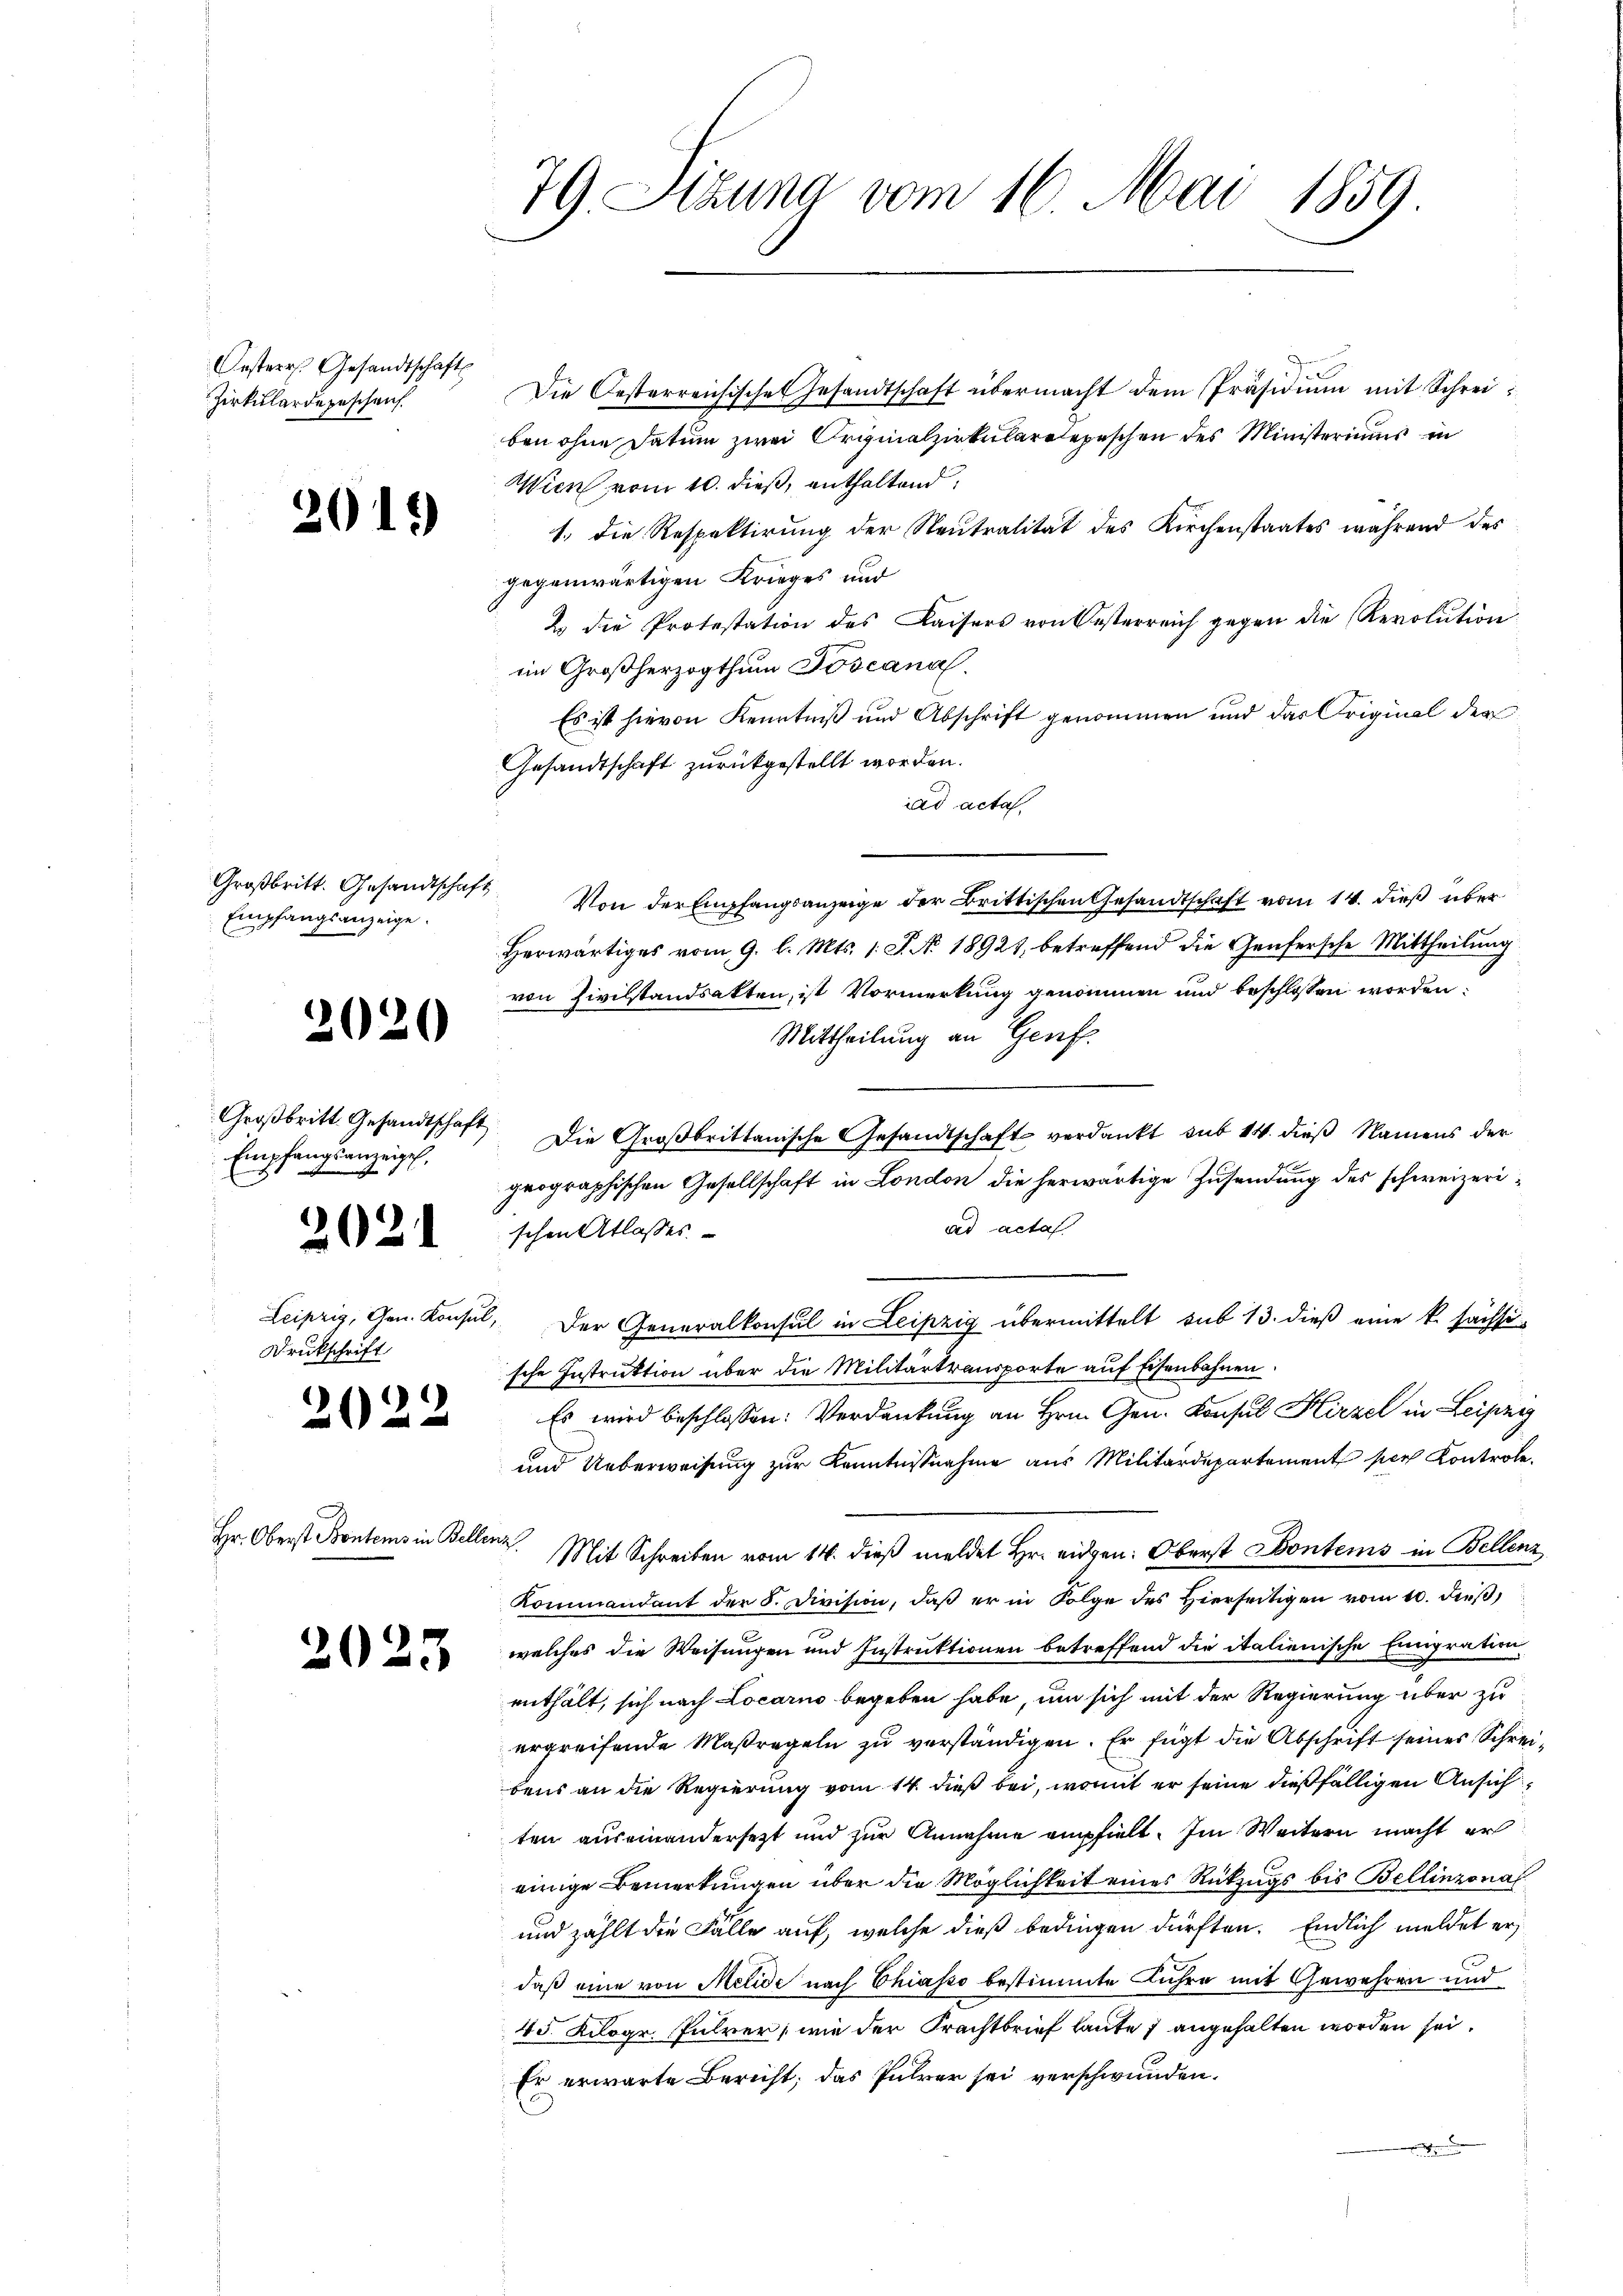
Oesterr. Gesandtschafts
Zirkulardegeschen.

201.

Großbritt. Gesandtschaft
Empfangsanzeige.

2020

Großbritt. Gesandtschaft
Empfangsanzeich,

2024

Leipzig, Gen. Konsul,
Drückschrift

n

022

Hr. Oberst Pontems in Beller

2025

79. Atzuna vom 16. Mai 1859

Die Oesterreichisches Gesandtschaft übermacht dem Präsidium mit Schreiben ohne Datum zwei Originalzirkulareepeschen des Ministeriums in
Wien vom 10. dieß, enthaltend
1.) Die Respektirung der Neutralität des Kirchenstaates während des
gegenwärtigen Krieges und
2 die Protestation des Kaisers von Oesterreich gegen die Revolution
im Großherzogthum Toscanal.
Es ist hievon Kenntniß und Abschrift genommen und das Original der
Gesandtschaft zurückgestellt worden.
iad acta
Von der Empfangsanzeige der Brittischen Gesandtschaft vom 14. dieß über
Herwärtiges vom 9. l. Mts. 1. J. No. 18921, betreffend die Genfersche Mittheilung
von Zivilstandsakten, ist Vormerkung genommen und beschlossen worden:
Mittheilung an Genf.
Die Großbrittanische Gesandtschaft verdankt, sub 14. dieß Namens der
prographischen Gesellschaft in London die herwärtige Zusendung des schweizeriad acta
schen Atlasses
Der Generalkonsul in Leipzig übermittelt sub 13. dieß eine k. sächsi
sche Instruktion über die Militärtransporte auf Eisenbahnen.
Es wird beschlossen: Verdankung an Hrn. Gen. Konsul Hirzel in Leipzi
und Ueberweisung zur Kenntnisnahme aus Militärdepartement per Kontrole.
a. Mit Schreiben vom 14. dieß meldet Hr. eidgen: Oberst Bontems in Bellenz
Kommandant der 5. Division, daß er in Folge des Hierseitigen vom 10. dieß,
welches die Weisungen und Instruktionen betreffend die italienische Eingration
enthält, sich nach Locarno begeben habe, um sich mit der Regierung über zu
ergreifende Maßregeln zu verständigen. Er fügt die Abschrift seines Schreibens an die Regierung vom 14. dieß bei, womit er seine dießfälligen Ansich
ten auseinandersetzt und zur Annahme empfielt. Im Weitern macht er
einige Bemerkungen über die Möglichkeit eines Rückzugs bis Bellinzonal
und zählt die Fälle auf, welche dieß bedingen dürften. Endlich meldet erdaß eine von Metide nach Chiasso bestimmte Führe mit Gewehren und
45. Kilogr. Julrer, wie der Frachtbrief laute 7 angehalten worden sei.
Er erwarte Bericht; das Pulver sei verschwunden.